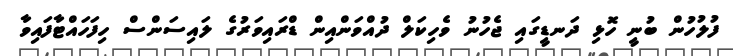
ފުލުހުން ބުނީ ހޮޅި ދަނޑީގައި ޖެހުނު ވެހިކަލް ދުއްވަންއިން ޑްރައިވަރުގެ ލައިސަންސް ހިފަހައްޓާފައިވާ